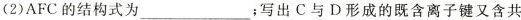
(2)AFC的结构式为___；写出C与D形成的既含离子键又含共